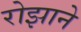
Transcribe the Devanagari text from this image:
रोझाने